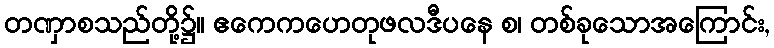
တဏှာစသည်တို့၌။ ဧကေကဟေတုဖလဒီပနေ စ၊ တစ်ခုသောအကြောင်း,